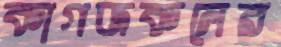
কাগজকলের